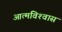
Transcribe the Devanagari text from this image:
आत्‍मविश्‍वास